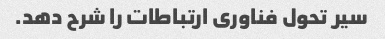
سیر تحول فناوری ارتباطات را شرح دهد.